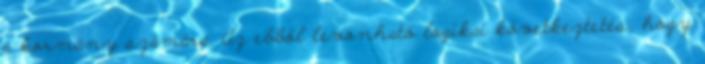
a kormány számára. Az ebből levonható logikai következtetés, hogy